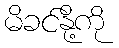
မိခင်နို့ကို